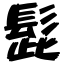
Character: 髭